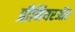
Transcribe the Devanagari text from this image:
प्रीमियरऔर